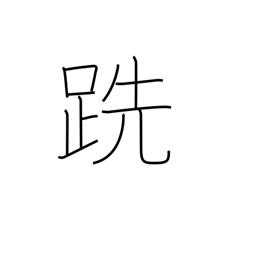
Meaning: barefooted